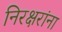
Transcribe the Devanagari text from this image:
निरक्षरांना